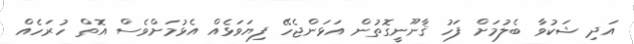
އަދި ޝަކުވާ ބެލުމަށް ފަހު ޤާނޫނީގޮތުން އަޅަންޖެހޭ ފިޔަވަޅެއް އެޅުމަށްވެސް އޮތް ހުރަހެއް